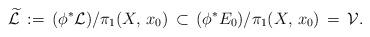
LaTeX: \begin{align*}\widetilde{\mathcal L}\, :=\,(\phi^*{\mathcal L})/\pi_1(X,\, x_0)\, \subset\,(\phi^*E_0)/\pi_1(X,\, x_0)\,=\, {\mathcal V}.\end{align*}